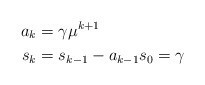
\begin{align*}\begin{aligned} a_k&=\gamma\mu^{k+1}\\s_{k}&=s_{k-1}-a_{k-1} s_0=\gamma\end{aligned}\end{align*}